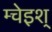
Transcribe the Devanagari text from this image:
म्चेइश्